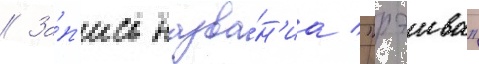
// За́п'ись назва́н'иа "рэива"